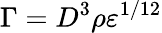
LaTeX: \Gamma=D^{3}\rho\varepsilon^{1/12}